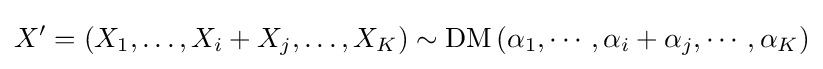
X'=(X_{1},\ldots ,X_{i}+X_{j},\ldots ,X_{K})\sim \operatorname {DM} \left(\alpha _{1},\cdots ,\alpha _{i}+\alpha _{j},\cdots ,\alpha _{K}\right)